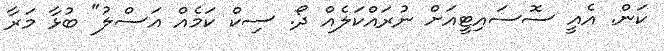
ކަން. އެއީ ސޮސައިޓީއަށް ނުރައްކަލެއް ދޯ. ސިކް ކަމެއް އަސްލު" ބުޅާ މަރާ